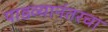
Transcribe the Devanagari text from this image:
पाडव्यानंतरचा